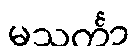
မသင်္ကာ